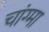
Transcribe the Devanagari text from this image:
चांग्मा